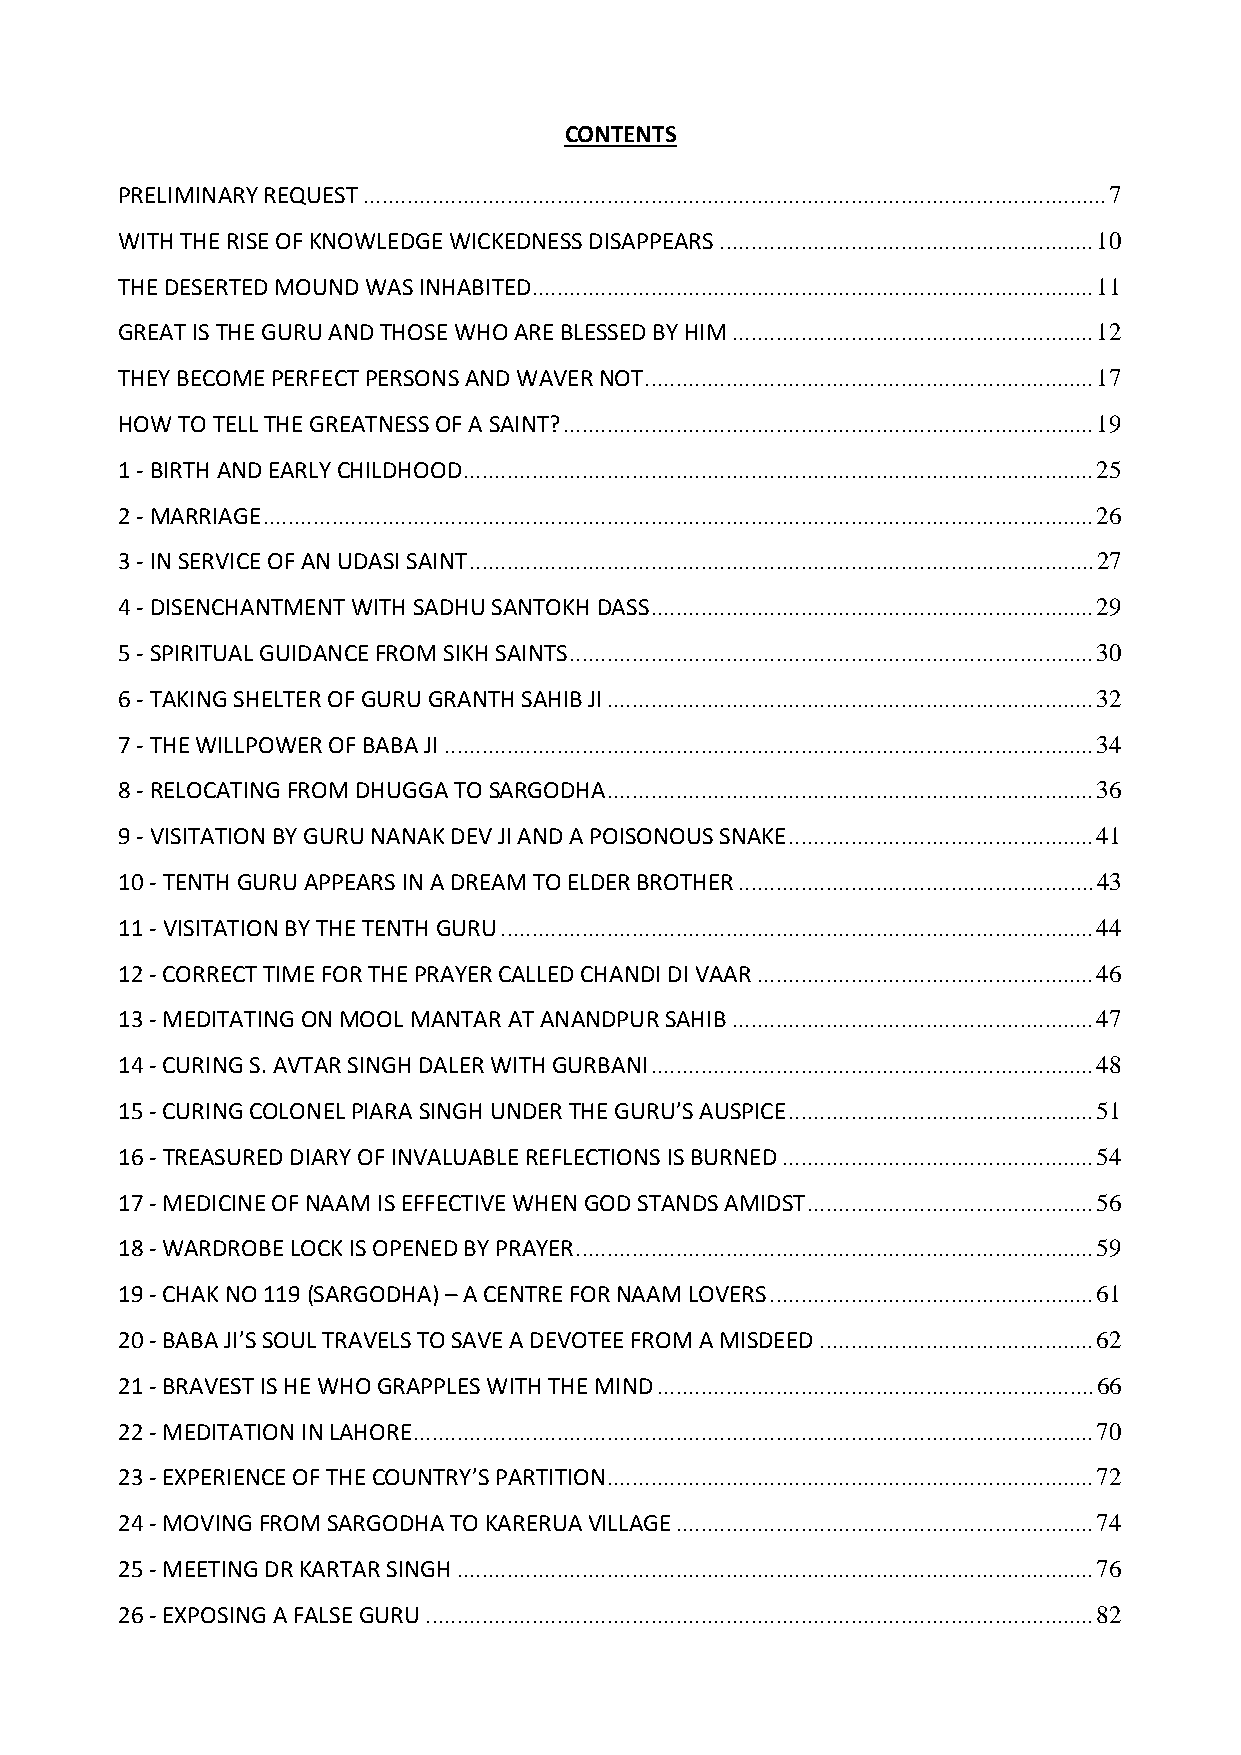
CONTENTS
 PRELIMINARY REQUEST.......................................................................................................................7
 WITH THE RISE OF KNOWLEDGE WICKEDNESS DISAPPEARS............................................................10
 THE DESERTED MOUND WAS INHABITED..........................................................................................11
 GREAT IS THE GURU AND THOSE WHO ARE BLESSED BY HIM..........................................................12
 THEY BECOME PERFECT PERSONS AND WAVER NOT........................................................................17
 HOW TO TELL THE GREATNESS OF A SAINT?.....................................................................................19
 1 ‐ BIRTH AND EARLY CHILDHOOD.....................................................................................................25
 2 ‐ MARRIAGE.....................................................................................................................................26
 3 ‐ IN SERVICE OF AN UDASI SAINT....................................................................................................27
 4 ‐ DISENCHANTMENT WITH SADHU SANTOKH DASS.......................................................................29
 5 ‐ SPIRITUAL GUIDANCE FROM SIKH SAINTS....................................................................................30
 6 ‐ TAKING SHELTER OF GURU GRANTH SAHIB JI..............................................................................32
 7 ‐ THE WILLPOWER OF BABA JI........................................................................................................34
 8 ‐ RELOCATING FROM DHUGGA TO SARGODHA..............................................................................36
 9 ‐ VISITATION BY GURU NANAK DEV JI AND A POISONOUS SNAKE.................................................41
 10 ‐ TENTH GURU APPEARS IN A DREAM TO ELDER BROTHER.........................................................43
 11 ‐ VISITATION BY THE TENTH GURU...............................................................................................44
 12 ‐ CORRECT TIME FOR THE PRAYER CALLED CHANDI DI VAAR......................................................46
 13 ‐ MEDITATING ON MOOL MANTAR AT ANANDPUR SAHIB..........................................................47
 14 ‐ CURING S. AVTAR SINGH DALER WITH GURBANI.......................................................................48
 15 ‐ CURING COLONEL PIARA SINGH UNDER THE GURU’S AUSPICE.................................................51
 16 ‐ TREASURED DIARY OF INVALUABLE REFLECTIONS IS BURNED..................................................54
 17 ‐ MEDICINE OF NAAM IS EFFECTIVE WHEN GOD STANDS AMIDST..............................................56
 18 ‐ WARDROBE LOCK IS OPENED BY PRAYER...................................................................................59
 19 ‐ CHAK NO 119 (SARGODHA) – A CENTRE FOR NAAM LOVERS....................................................61
 20 ‐ BABA JI’S SOUL TRAVELS TO SAVE A DEVOTEE FROM A MISDEED............................................62
 21 ‐ BRAVEST IS HE WHO GRAPPLES WITH THE MIND......................................................................66
 22 ‐ MEDITATION IN LAHORE.............................................................................................................70
 23 ‐ EXPERIENCE OF THE COUNTRY’S PARTITION..............................................................................72
 24 ‐ MOVING FROM SARGODHA TO KARERUA VILLAGE...................................................................74
 25 ‐ MEETING DR KARTAR SINGH......................................................................................................76
 26 ‐ EXPOSING A FALSE GURU...........................................................................................................82